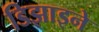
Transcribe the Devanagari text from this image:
डिझाइने